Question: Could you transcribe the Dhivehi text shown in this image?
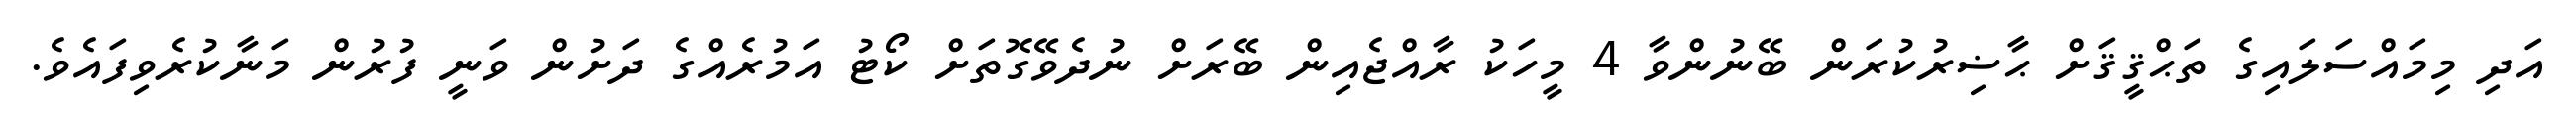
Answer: އަދި މިމައްސަލައިގެ ތަޙްޤީޤަށް ޙާޟިރުކުރަން ބޭނުންވާ 4 މީހަކު ރާއްޖެއިން ބޭރަށް ނުދެވޭގޮތަށް ކޯޓު އަމުރެއްގެ ދަށުން ވަނީ ފުރުން މަނާކުރެވިފައެވެ.